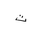
Letter: _ta